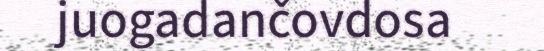
juogadančovdosa